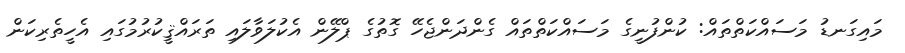
މައިގަނޑު މަސައްކަތްތައް: ކުންފުނީގެ މަސައްކަތްތައް ގެންދަންޖެހޭ ގޮތުގެ ޕްލޭން އެކުލަވާލައި ތަރައްޤީކުރުމުގައި އެހީތެރިކަން